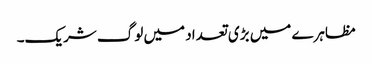
مظاہرے میں بڑی تعداد میں لوگ شریک۔